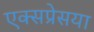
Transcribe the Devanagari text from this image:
एक्सप्रेसया